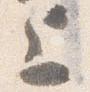
上